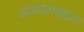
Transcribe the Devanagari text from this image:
अवयवाबद्दल